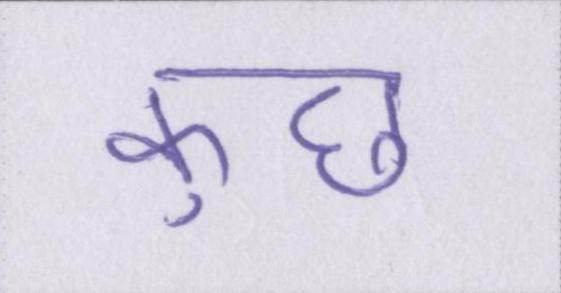
कुछ